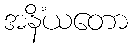
အနိံယတော